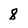
Character: 8